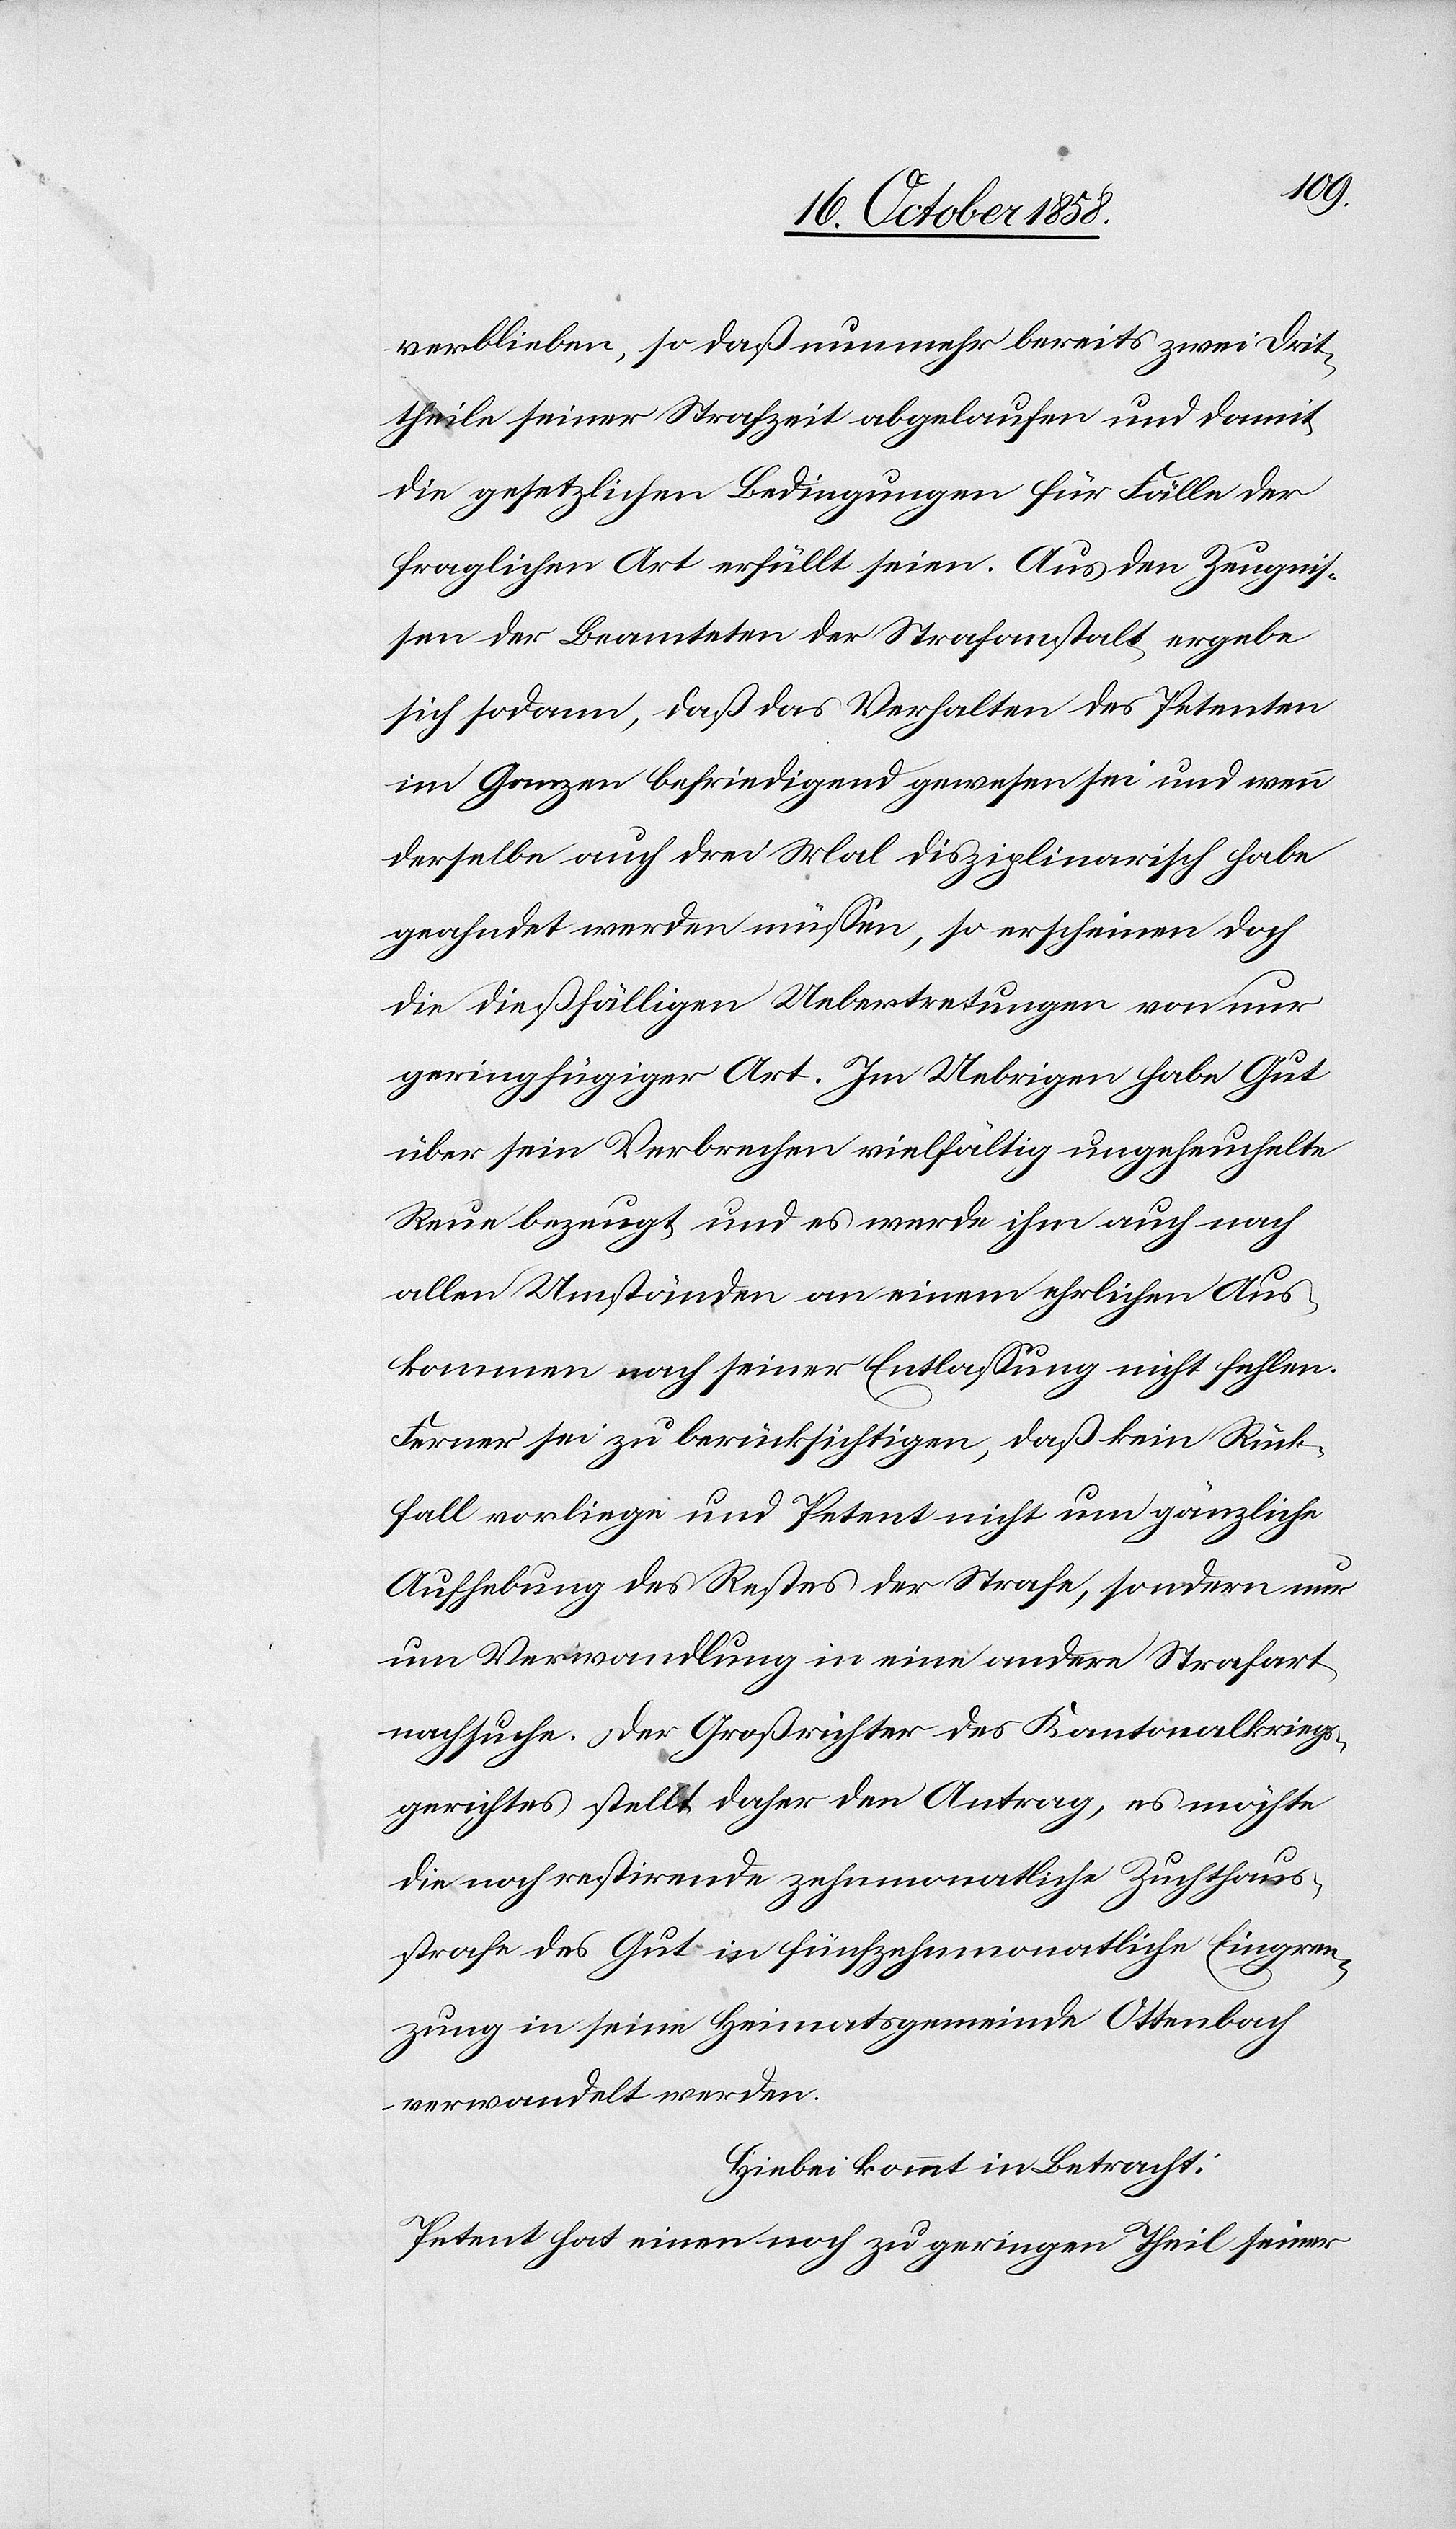
verblieben, so daß nunmehr bereits zwei Drit¬
theile seiner Strafzeit abgelaufen und damit
die gesetzlichen Bedingungen für Fälle der
fraglichen Art erfüllt seien. Aus den Zeugnis¬
sen der Beamteten der Strafanstalt ergebe
sich sodann, daß das Verhalten des Petenten
im Ganzen befriedigend gewesen sei und wenn
derselbe auch drei Mal disziplinarisch habe
geahndet werden müssen, so erscheinen doch
die dießfälligen Uebertretungen von nur
geringfügiger Art. Im Uebrigen habe Gut
über sein Verbrechen vielfältig ungeheuchelte
Reue bezeugt und es werde ihm auch nach
allen Umständen an einem ehrlichen Aus¬
kommen nach seiner Entlassung nicht fehlen.
Ferner sei zu berücksichtigen, daß kein Rück¬
fall vorliege und Petent nicht um gänzliche
Aufhebung des Restes der Strafe, sondern nur
um Verwandlung in eine andere Strafart
nachsuche. Der Großrichter des Kantonalkriegs¬
gerichtes stellt daher den Antrag, es möchte
die noch restirende zehnmonatliche Zuchthaus¬
strafe des Gut in fünfzehnmonatliche Eingren¬
zung in seine Heimatsgemeinde Ottenbach
verwandelt werden.
Hiebei kommt in Betracht:
Petent hat einen noch zu geringen Theil seiner